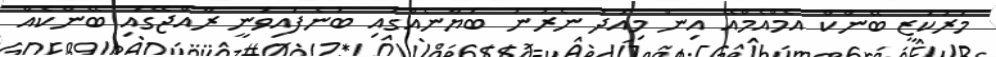
މަރުކަޒީ ބޭންކް އެމްއެމްއޭ އިން މިއަދު ނެރުނު ބަޔާނެއްގައި ބުނެފައިވަނީ ރާއްޖޭގައި ބޭންކެއް